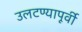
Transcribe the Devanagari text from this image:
उलटण्यापूर्वी